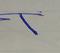
Signature authenticity: forged